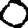
Digit: 0